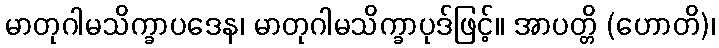
မာတုဂါမသိက္ခာပဒေန၊ မာတုဂါမသိက္ခာပုဒ်ဖြင့်။ အာပတ္တိ (ဟောတိ)၊